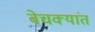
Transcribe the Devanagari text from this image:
बेचक्यांत